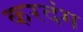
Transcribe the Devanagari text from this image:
करदंग